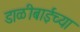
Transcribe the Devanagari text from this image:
डाळीबाईच्या